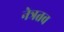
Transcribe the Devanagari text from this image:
नेत्रतव